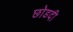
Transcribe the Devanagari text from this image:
छोडदी